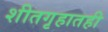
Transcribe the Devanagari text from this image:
शीतगृहातही